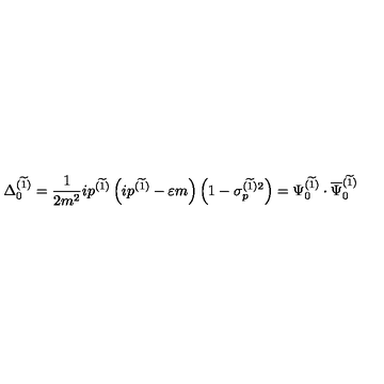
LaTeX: \Delta _ { 0 } ^ { ( \widetilde { 1 } ) } = \frac 1 { 2 m ^ { 2 } } i p ^ { ( \widetilde { 1 } ) } \left( i p ^ { ( \widetilde { 1 } ) } - \varepsilon m \right) \left( 1 - \sigma _ { p } ^ { ( \widetilde { 1 } ) 2 } \right) = \Psi _ { 0 } ^ { ( \widetilde { 1 } ) } \cdot \overline { { \Psi } } _ { 0 } ^ { ( \widetilde { 1 } ) }